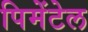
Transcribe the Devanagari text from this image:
पिमेंटेल